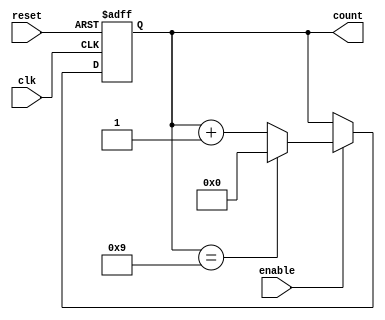
module modulus_counter #(
    parameter N = 10 // Modulus value (N) should be set at instantiation
) (
    input wire clk,      // Clock input
    input wire reset,    // Asynchronous reset input
    input wire enable,   // Enable input
    output reg [$clog2(N)-1:0] count // Output count (n bits wide)
);

    // Always block for counter logic
    always @(posedge clk or posedge reset) begin
        if (reset) begin
            count <= 0; // Reset count to 0
        end else if (enable) begin
            if (count == N-1) begin
                count <= 0; // Reset count to 0 after reaching N-1
            end else begin
                count <= count + 1; // Increment count
            end
        end
    end

endmodule